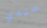
سيدي